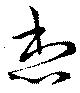
想